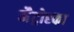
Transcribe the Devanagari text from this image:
मैट्रोस्का